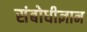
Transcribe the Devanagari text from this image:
संबोधीज्ञान